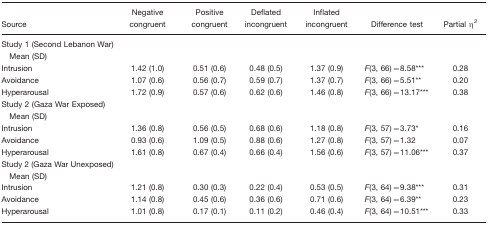
| Source | Negative congruent | Positive congruent | Deflated incongruent | Inflated incongruent | Difference test | Partial η2 |
 | --- | --- | --- | --- | --- | --- | --- |
 | Study 1 (Second Lebanon War) |  |  |  |  |  |  |
 | Mean (SD) |  |  |  |  |  |  |
 | Intrusion | 1.42 (1.0) | 0.51 (0.6) | 0.48 (0.5) | 1.37 (0.9) | F(3, 66)=8.58*** | 0.28 |
 | Avoidance | 1.07 (0.6) | 0.56 (0.7) | 0.59 (0.7) | 1.37 (0.7) | F(3, 66)=5.51** | 0.20 |
 | Hyperarousal | 1.72 (0.9) | 0.57 (0.6) | 0.62 (0.6) | 1.46 (0.8) | F(3, 66)=13.17*** | 0.38 |
 | Study 2 (Gaza War Exposed) |  |  |  |  |  |  |
 | Mean (SD) |  |  |  |  |  |  |
 | Intrusion | 1.36 (0.8) | 0.56 (0.5) | 0.68 (0.6) | 1.18 (0.8) | F(3, 57)=3.73* | 0.16 |
 | Avoidance | 0.93 (0.6) | 1.09 (0.5) | 0.88 (0.6) | 1.27 (0.8) | F(3, 57)=1.32 | 0.07 |
 | Hyperarousal | 1.61 (0.8) | 0.67 (0.4) | 0.66 (0.4) | 1.56 (0.6) | F(3, 57)=11.06*** | 0.37 |
 | Study 2 (Gaza War Unexposed) |  |  |  |  |  |  |
 | Mean (SD) |  |  |  |  |  |  |
 | Intrusion | 1.21 (0.8) | 0.30 (0.3) | 0.22 (0.4) | 0.53 (0.5) | F(3, 64)=9.38*** | 0.31 |
 | Avoidance | 1.14 (0.8) | 0.45 (0.6) | 0.36 (0.6) | 0.71 (0.6) | F(3, 64)=6.39** | 0.23 |
 | Hyperarousal | 1.01 (0.8) | 0.17 (0.1) | 0.11 (0.2) | 0.46 (0.4) | F(3, 64)=10.51*** | 0.33 |